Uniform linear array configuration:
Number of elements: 24
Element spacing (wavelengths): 0.25
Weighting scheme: hamming
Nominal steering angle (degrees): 15
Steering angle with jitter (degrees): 16.396
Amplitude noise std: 0.05
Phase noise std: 0.05

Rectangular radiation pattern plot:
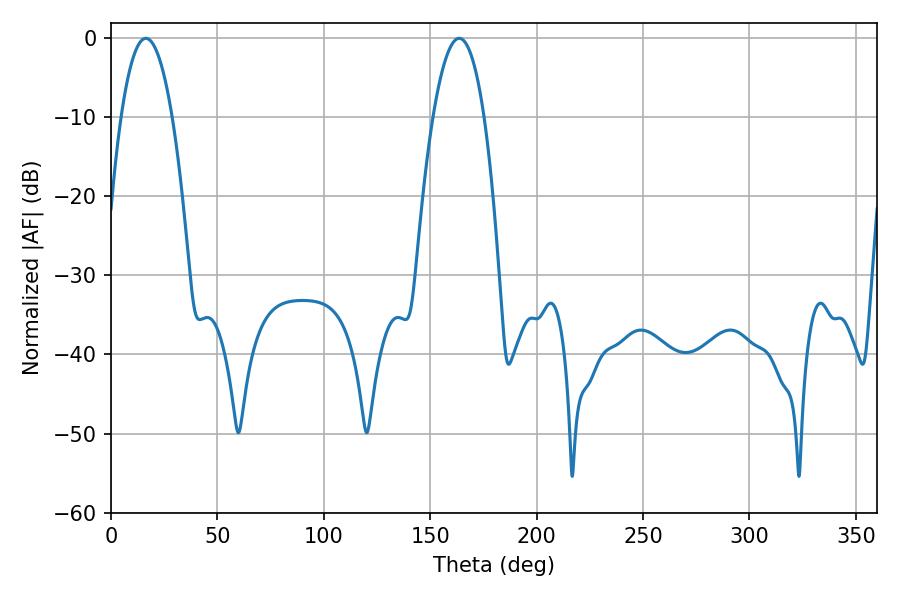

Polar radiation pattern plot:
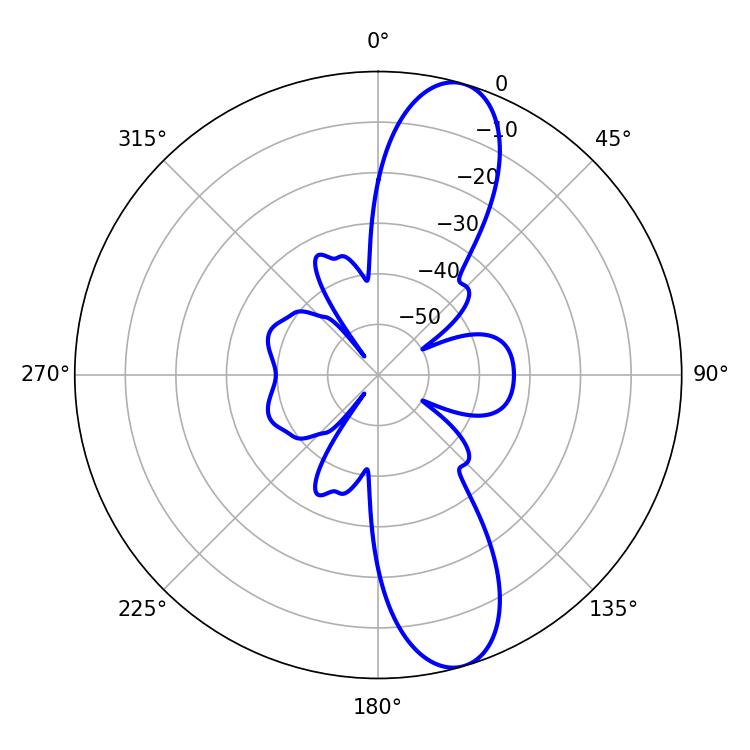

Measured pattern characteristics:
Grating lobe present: FALSE
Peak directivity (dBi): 11.522
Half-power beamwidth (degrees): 13.14
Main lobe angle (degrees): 16.38